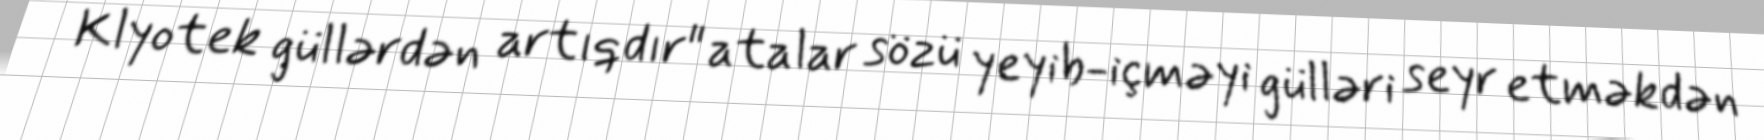
Klyotek güllərdən artıqdır" atalar sözü yeyib-içməyi gülləri seyr etməkdən